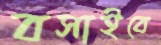
বসাইবে